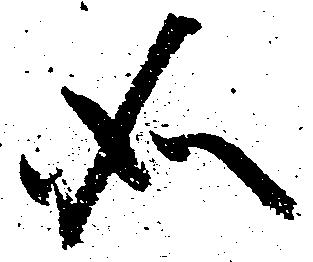
如